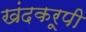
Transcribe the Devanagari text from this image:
खंदकरूपी